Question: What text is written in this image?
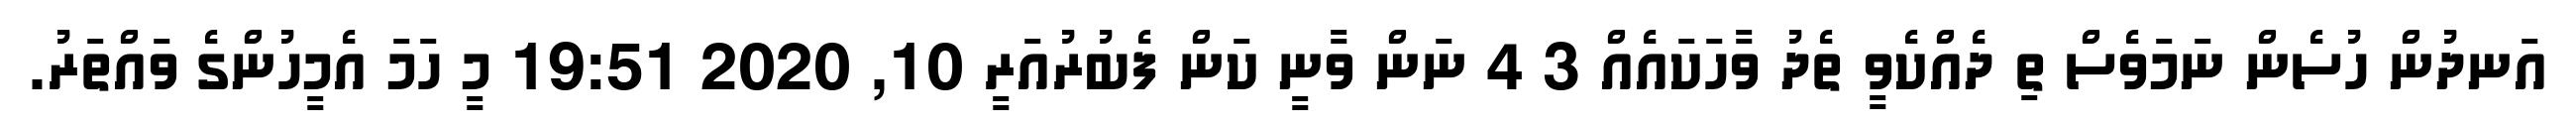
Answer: އަނދުން ހުސެން ނަމަވެސް ތި ދެއްކެވީ ތެދު ވާހަކައެއް 3 4 ނަން ވާނީ ކަން ފެބުރުއަރީ 10, 2020 19:51 މީ ހަމަ އެމީހުންގެ ވައްތަރު.